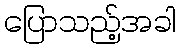
ပြောသည့်အခါ